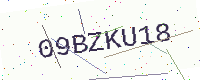
Text: 09BZKU18